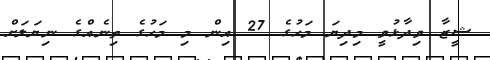
ޝީޒާ ވިދާޅުވީ މިދިޔަ މަހުގެ 27 އިން މި މަހުގެ ތިނެއްގެ ނިޔަލަށް